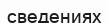
сведениях